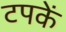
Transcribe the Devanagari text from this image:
टपकें